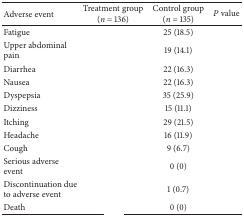
<table><thead><tr><td><b>Adverse event</b></td><td><b>Treatment group(<i>n</i> = 136)</b></td><td><b>Control group(<i>n</i> = 135)</b></td><td><b><i>P</i> value</b></td></tr></thead><tbody><tr><td>Fatigue</td><td>[EMPTY_CELL]</td><td>25 (18.5)</td><td>[EMPTY_CELL]</td></tr><tr><td>Upper abdominal pain</td><td>[EMPTY_CELL]</td><td>19 (14.1)</td><td>[EMPTY_CELL]</td></tr><tr><td>Diarrhea</td><td>[EMPTY_CELL]</td><td>22 (16.3)</td><td>[EMPTY_CELL]</td></tr><tr><td>Nausea</td><td>[EMPTY_CELL]</td><td>22 (16.3)</td><td>[EMPTY_CELL]</td></tr><tr><td>Dyspepsia</td><td>[EMPTY_CELL]</td><td>35 (25.9)</td><td>[EMPTY_CELL]</td></tr><tr><td>Dizziness</td><td>[EMPTY_CELL]</td><td>15 (11.1)</td><td>[EMPTY_CELL]</td></tr><tr><td>Itching</td><td>[EMPTY_CELL]</td><td>29 (21.5)</td><td>[EMPTY_CELL]</td></tr><tr><td>Headache</td><td>[EMPTY_CELL]</td><td>16 (11.9)</td><td>[EMPTY_CELL]</td></tr><tr><td>Cough</td><td>[EMPTY_CELL]</td><td>9 (6.7)</td><td>[EMPTY_CELL]</td></tr><tr><td>Serious adverse event</td><td>[EMPTY_CELL]</td><td>0 (0)</td><td>[EMPTY_CELL]</td></tr><tr><td>Discontinuation due to adverse event</td><td>[EMPTY_CELL]</td><td>1 (0.7)</td><td>[EMPTY_CELL]</td></tr><tr><td>Death</td><td>[EMPTY_CELL]</td><td>0 (0)</td><td>[EMPTY_CELL]</td></tr></tbody></table>